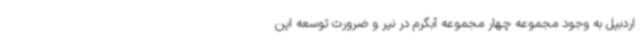
اردبیل به وجود مجموعه چهار مجموعه آبگرم در نیر و ضرورت توسعه این